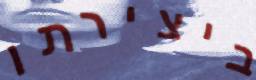
ביצירתו